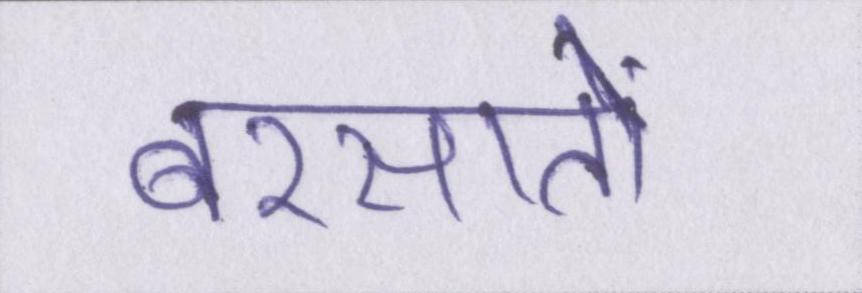
बरसातों